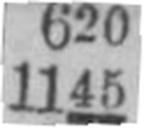
1145